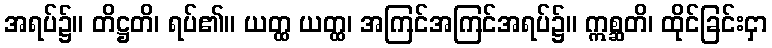
အရပ်၌။ တိဋ္ဌတိ၊ ရပ်၏။ ယတ္ထ ယတ္ထ၊ အကြင်အကြင်အရပ်၌။ ဣစ္ဆတိ၊ ထိုင်ခြင်းငှာ